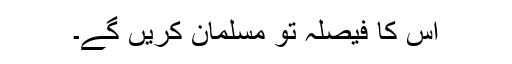
اس کا فیصلہ تو مسلمان کریں گے۔